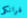
فرانكى